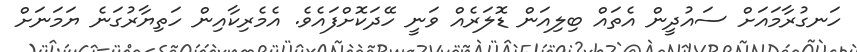
ހަނގުރާމައަށް ސައުދީން އެތައް ބިލިއަން ޑޮލަރެއް ވަނީ ހޭދަކޮށްފައެވެ. އެމެރިކާއިން ހަތިޔާރުގަނެ ޔަމަނަށް